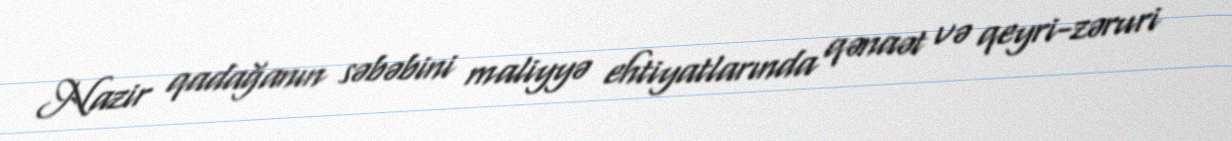
Nazir qadağanın səbəbini maliyyə ehtiyatlarında qənaət və qeyri-zəruri